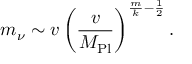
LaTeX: m _ { \nu } \sim v \left( { \frac { v } { M _ { \mathrm { P l } } } } \right) ^ { \frac { m } { k } - \frac { 1 } { 2 } } .